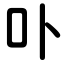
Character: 卟